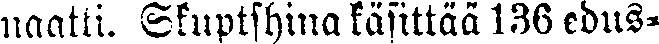
naatti. Skuptshina käsittää 136 edus-